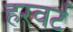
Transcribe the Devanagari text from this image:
हरवर्ट